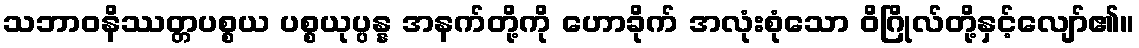
သဘာဝနိဿတ္တပစ္စယ ပစ္စယုပ္ပန္န အနက်တို့ကို ဟောခိုက် အလုံးစုံသော ဝိဂြိုလ်တို့နှင့်လျော်၏။